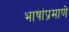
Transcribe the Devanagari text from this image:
भाषांप्रमाणे